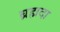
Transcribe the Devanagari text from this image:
ब्रह्मदा